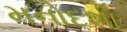
મનોદશા